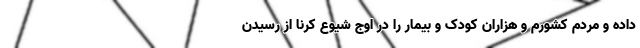
داده و مردم کشورم و هزاران کودک و بیمار را در اوج شیوع کرنا از رسیدن